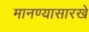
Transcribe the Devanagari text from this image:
मानण्यासारखे